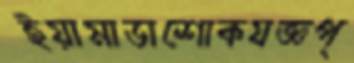
ইয়ামাডাশোকযজ্ঞপ্